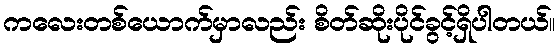
ကလေးတစ်ယောက်မှာလည်း စိတ်ဆိုးပိုင်ခွင့်ရှိပါတယ်။